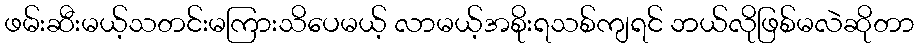
ဖမ်းဆီးမယ့်သတင်းမကြားသိပေမယ့် လာမယ့်အစိုးရသစ်ကျရင် ဘယ်လိုဖြစ်မလဲဆိုတာ